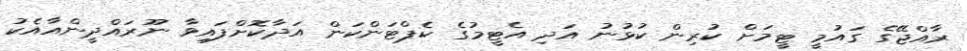
ރާއްޖޭގެ ގައުމީ ޓީމަށް ކުރިން ކުޅުނު އަދި އެޓީމުގެ ކެޕްޓަންކަން އަދާކޮށްފައިވާ ނޫރައްދީންއާއެކު